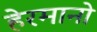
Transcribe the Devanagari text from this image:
हेरमानो